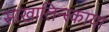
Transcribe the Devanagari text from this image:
साखालिन्स्काया